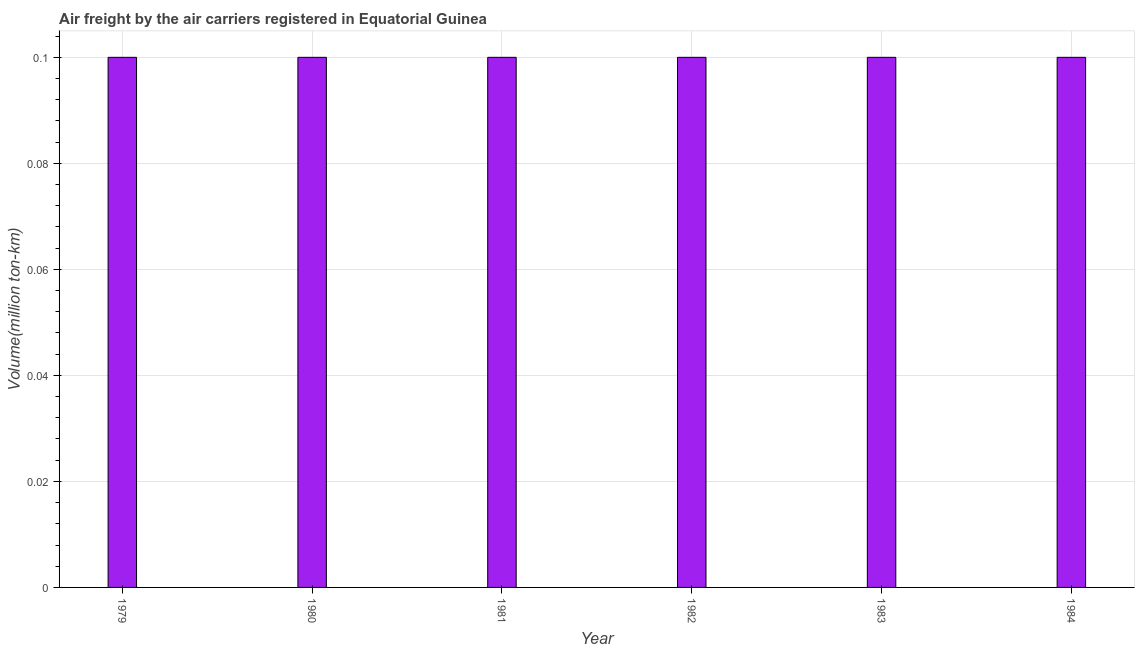
| Year | Air transport |
 | --- | --- |
 | 1979 | 0.1 |
 | 1980 | 0.1 |
 | 1981 | 0.1 |
 | 1982 | 0.1 |
 | 1983 | 0.1 |
 | 1984 | 0.1 |